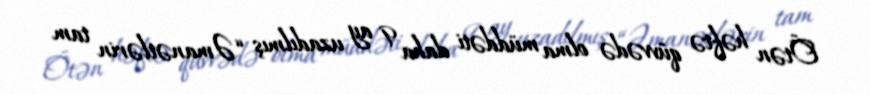
Ötən həftə qüvvədə olma müddəti daha 9 ay uzadılmış “Əmanətlərin tam